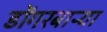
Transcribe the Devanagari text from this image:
डोंगरबाऱ्या